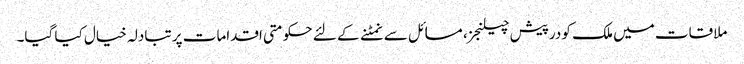
ملاقات میں ملک کو درپیش چیلنجز، مسائل سے نمٹنے کے لئے حکومتی اقدامات پر تبادلہ خیال کیا گیا۔